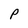
Character: P